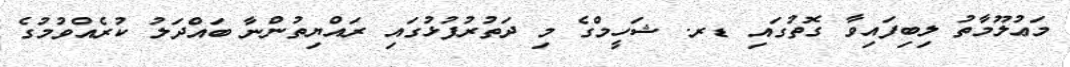
މަޢުލޫމާތު ލިބިފައިވާ ގޮތުގައި ޑރ. ޝަހީމްގެ މި ދަތުރުފުޅުގައި ރައްޔިތުންނާ ބައްދަލު ކުރެއްވުމުގެ